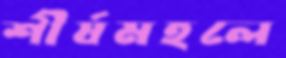
শীর্ষমহলে